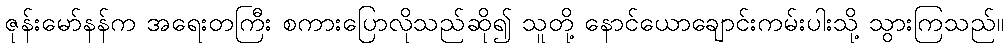
ဇုန်းမော်နန်က အရေးတကြီး စကားပြောလိုသည်ဆို၍ သူတို့ နောင်ယောချောင်းကမ်းပါးသို့ သွားကြသည်။